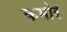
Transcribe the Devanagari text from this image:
कमोर